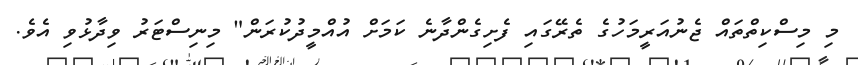
މި މިސްކިތްތައް ޖެނުއަރީމަހުގެ ތެރޭގައި ފެށިގެންދާނެ ކަމަށް އުއްމީދުކުރަން" މިނިސްޓަރު ވިދާޅުވި އެވެ.